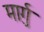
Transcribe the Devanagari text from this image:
मार्गु